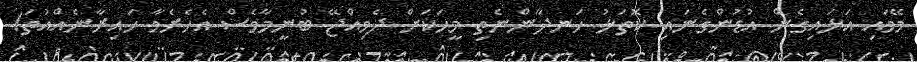
މޭވައި އަޅައިގެން އުޑުންގެނައި ކޮތަޅު ހަނދާންނެތި މީހަކަށް ދެވިއްޖޭ ބުނީމާވެސް އެހެރެވާ ހައިރާނެއްއުތަ!